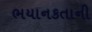
ભયાનકતાની